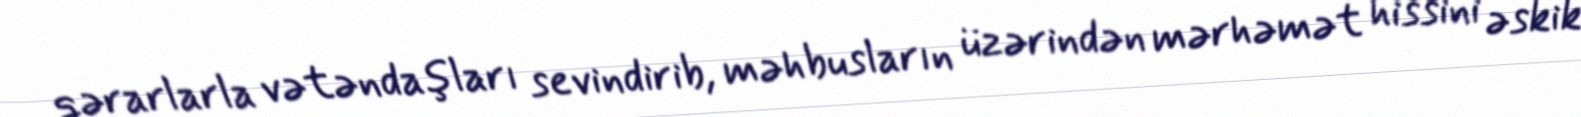
qərarlarla vətəndaşları sevindirib, məhbusların üzərindən mərhəmət hissini əskik